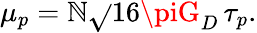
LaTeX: \mu_{p}=\mathbb{N}\sqrt{}{{16\piG_{D}}}\, \tau_{p}.